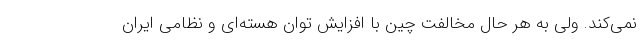
نمی‌کند. ولی به هر حال مخالفت چین با افزایش توان هسته‌ای و نظامی ایران